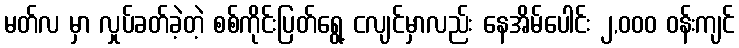
မတ်လ မှာ လှုပ်ခတ်ခဲ့တဲ့ စစ်ကိုင်းပြတ်ရွေ့ ငလျင်မှာလည်း နေအိမ်ပေါင်း ၂,၀၀၀ ဝန်းကျင်